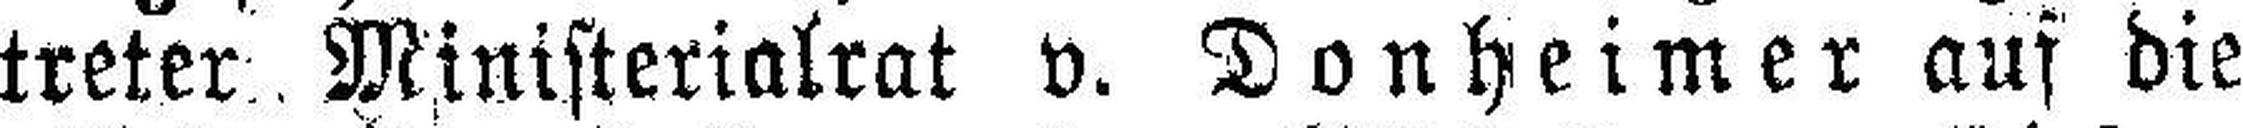
treter Ministerialrat v. Donheimer auf die